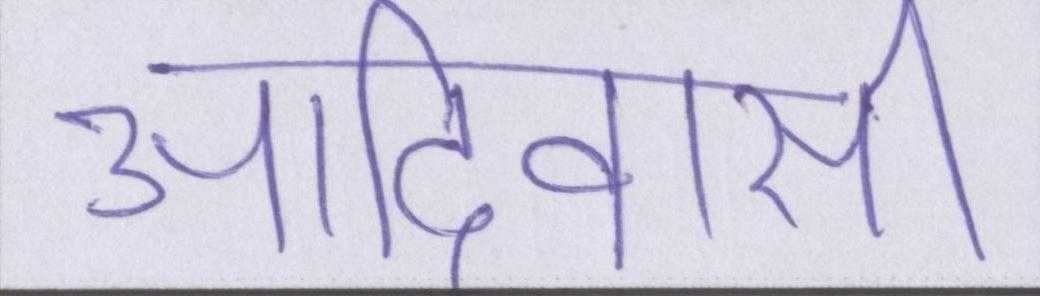
आदिवासी